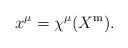
LaTeX: \begin{align*}x^\mu = \chi^\mu(X^{\mathrm{m}}).\end{align*}